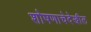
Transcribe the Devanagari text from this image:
शोषणाचेदेखील